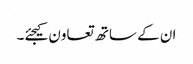
ان کے ساتھ تعاون کیجئے۔